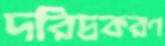
দরিদ্রকরণ